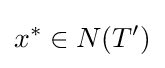
x^{*}\in N(T')